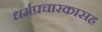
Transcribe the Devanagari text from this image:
धर्मप्रचारकासह